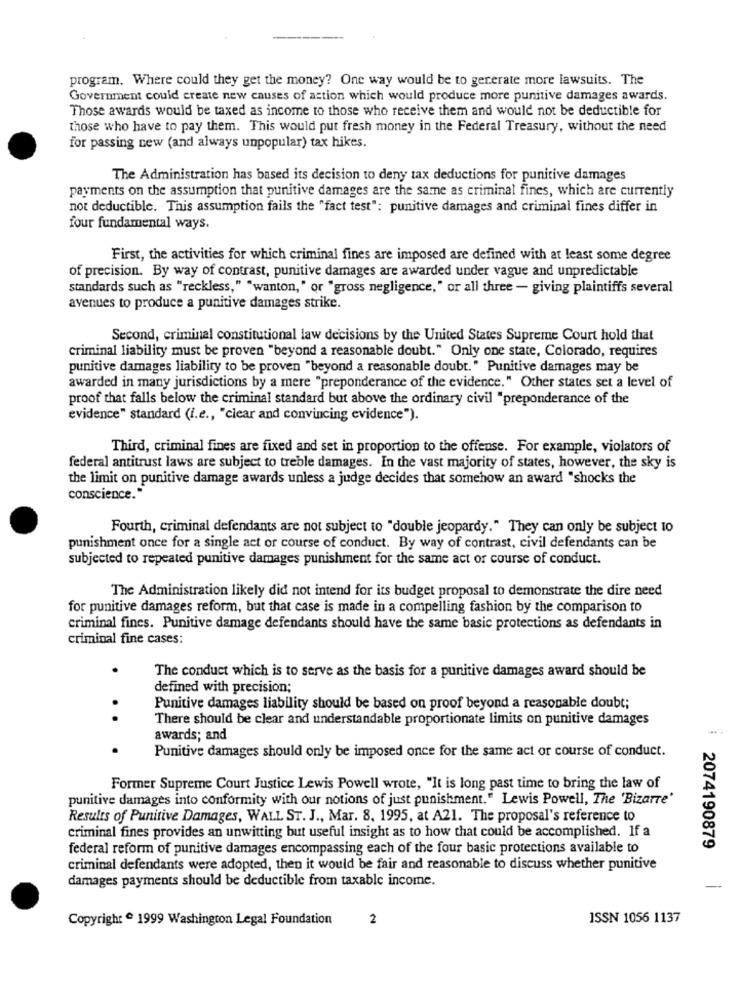
program. Where could they get the money? One way would be to generate more lawsuits. The
Government could create new causes of action which would produce more punitive damages awards.
Those awards would be taxed as income to those who receive them and would not be deductible for
those who have to pay them. This would put fresh money in the Federal Treasury, without the need
for passing new (and always unpopular) tax hikes.
The Administration has based its decision to deny tax deductions for punitive damages
payments on the assumption that punitive damages are the same as criminal fines, which are currently
not deductible. This assumption fails the "fact test": punitive damages and criminal fines differ in
four fundamental ways.
First, the activities for which criminal fines are imposed are defined with at least some degree
of precision. By way of contrast, punitive damages are awarded under vague and unpredictable
standards such as "reckless," "wanton," or "gross negligence," or all three - giving plaintiffs several
avenues to produce a punitive damages strike.
Second, criminal constitutional law decisions by the United States Supreme Court hold that
criminal liability must be proven "beyond a reasonable doubt." Only one state, Colorado, requires
punitive damages liability to be proven "beyond a reasonable doubt. " Punitive damages may be
awarded in many jurisdictions by a mere "preponderance of the evidence." Other states set a level of
proof that falls below the criminal standard but above the ordinary civil "preponderance of the
evidence" standard (i.e ., "clear and convincing evidence").
Third, criminal fines are fixed and set in proportion to the offense. For example, violators of
federal antitrust laws are subject to treble damages. In the vast majority of states, however, the sky is
the limit on punitive damage awards unless a judge decides that somehow an award "shocks the
conscience."
Fourth, criminal defendants are not subject to "double jeopardy." They can only be subject 10
punishment once for a single act or course of conduct. By way of contrast, civil defendants can be
subjected to repeated punitive damages punishment for the same act or course of conduct.
The Administration likely did not intend for its budget proposal to demonstrate the dire need
for punitive damages reform, but that case is made in a compelling fashion by the comparison to
criminal fines. Punitive damage defendants should have the same basic protections as defendants in
criminal fine cases:
The conduct which is to serve as the basis for a punitive damages award should be
defined with precision;
Punitive damages liability should be based on proof beyond a reasonable doubt;
..
There should be clear and understandable proportionate limits on punitive damages
awards; and
Punitive damages should only be imposed once for the same act or course of conduct.
Former Supreme Court Justice Lewis Powell wrote, "It is long past time to bring the law of
punitive damages into conformity with our notions of just punishment." Lewis Powell, The 'Bizarre'
Results of Punitive Damages, WALL ST. J ., Mar. 8, 1995, at A21. The proposal's reference to
criminal fines provides an unwitting but useful insight as to how that could be accomplished. If a
federal reform of punitive damages encompassing each of the four basic protections available to
2074190879
criminal defendants were adopted, then it would be fair and reasonable to discuss whether punitive
damages payments should be deductible from taxable income.
Copyright 1999 Washington Legal Foundation
2
ISSN 1056 1137